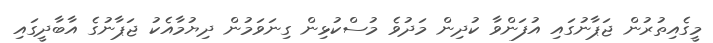
މީގެއިތުރުން ޖަޕާނުގައި އުފަންވާ ކުދިން މަދުވެ މުސްކުޅިން ގިނަވަމުން ދިޔުމާއެކު ޖަޕާނުގެ އާބާދީގައި